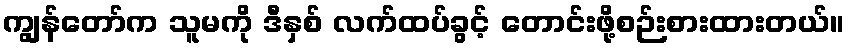
ကျွန်တော်က သူမကို ဒီနှစ် လက်ထပ်ခွင့် တောင်းဖို့စဉ်းစားထားတယ်။